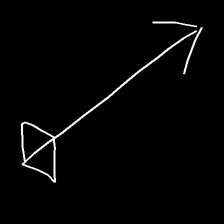
Glyph: focus